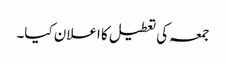
جمعہ کی تعطیل کا اعلان کیا۔